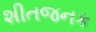
શીતજનક